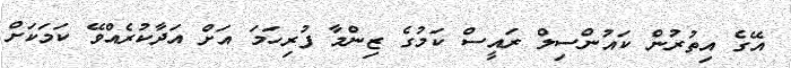
އޭގެ އިތުރުން ކައުންސިލް ރައީސް ކަމުގެ ޒިންމާ ފުރިހަމަ އަށް އަދާކުރެއްވޭ ކަމަކަށް